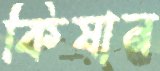
কিষান